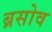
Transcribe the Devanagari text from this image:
ब्रसोव